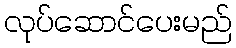
လုပ်ဆောင်ပေးမည်